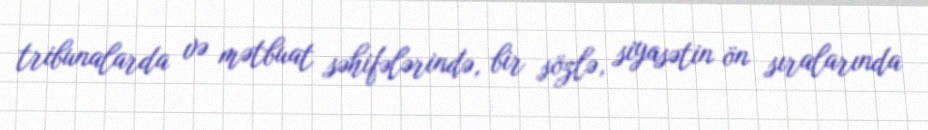
tribunalarda və mətbuat səhifələrində, bir sözlə, siyasətin ön sıralarında